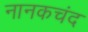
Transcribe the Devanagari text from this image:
नानकचंद